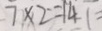
7 \times 2 = 1 4 1 =